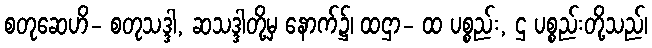
စတုဆေဟိ- စတုသဒ္ဒါ, ဆသဒ္ဒါတို့မှ နောက်၌၊ ထဌာ- ထ ပစ္စည်း, ဌ ပစ္စည်းတို့သည်၊